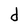
Character: d